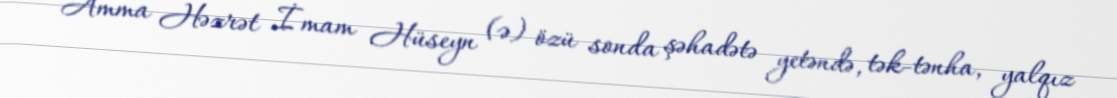
Amma Həzrət İmam Hüseyn (ə) özü sonda şəhadətə yetəndə, tək-tənha, yalqız